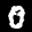
Label: 0